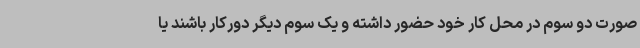
صورت دو سوم در محل کار خود حضور داشته و یک سوم دیگر دورکار باشند یا